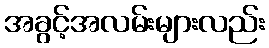
အခွင့်အလမ်းများလည်း